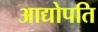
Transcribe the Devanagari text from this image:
आद्योपति